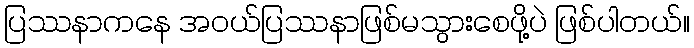
ပြဿနာကနေ အဝယ်ပြဿနာဖြစ်မသွားစေဖို့ပဲ ဖြစ်ပါတယ်။